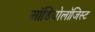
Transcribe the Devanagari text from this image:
ऑडियोलॉजिस्ट